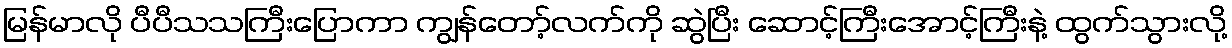
မြန်မာလို ပီပီသသကြီးပြောကာ ကျွန်တော့်လက်ကို ဆွဲပြီး ဆောင့်ကြီးအောင့်ကြီးနဲ့ ထွက်သွားလို့